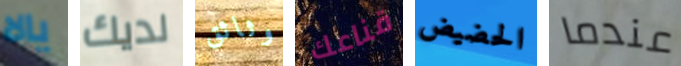
يالا لديك وثائق قناعك الحضيض عندما